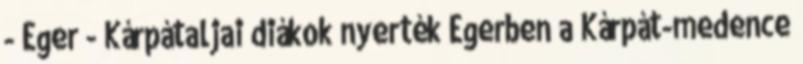
- Eger - Kárpátaljai diákok nyerték Egerben a Kárpát-medence